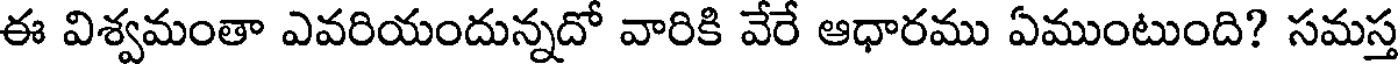
ఈ విశ్వమంతా ఎవరియందున్నదో వారికి వేరే ఆధారము ఏముంటుంది? సమస్త